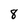
Character: 8